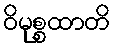
ဝိမုစ္စထာတိ